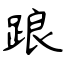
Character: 踉